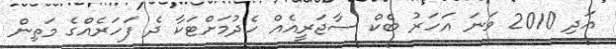
އަދި 2010 ވަނަ އަހަރު ބެކް ސާޖަރީއެއް ހެދުމަށްޓަކާ ދެ ފަހަރެއްގެ މަތިން